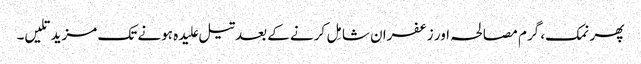
پھر نمک، گرم مصالحہ اور زعفران شامِل کرنے کے بعدتیل علیدہ ہونے تک مزید تلیں۔